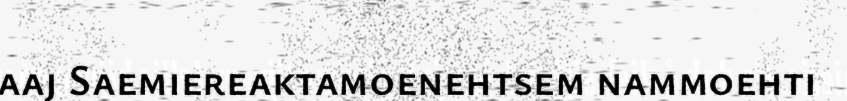
aaj Saemiereaktamoenehtsem nammoehti